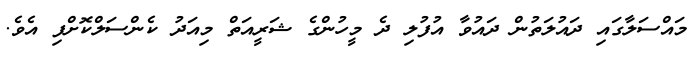
މައްސަލާގައި ދައުލަތުން ދައުވާ އުފުލި ދެ މީހުންގެ ޝަރީއަތް މިއަދު ކެންސަލްކޮށްފި އެވެ.